Annual report on the health of the army in India
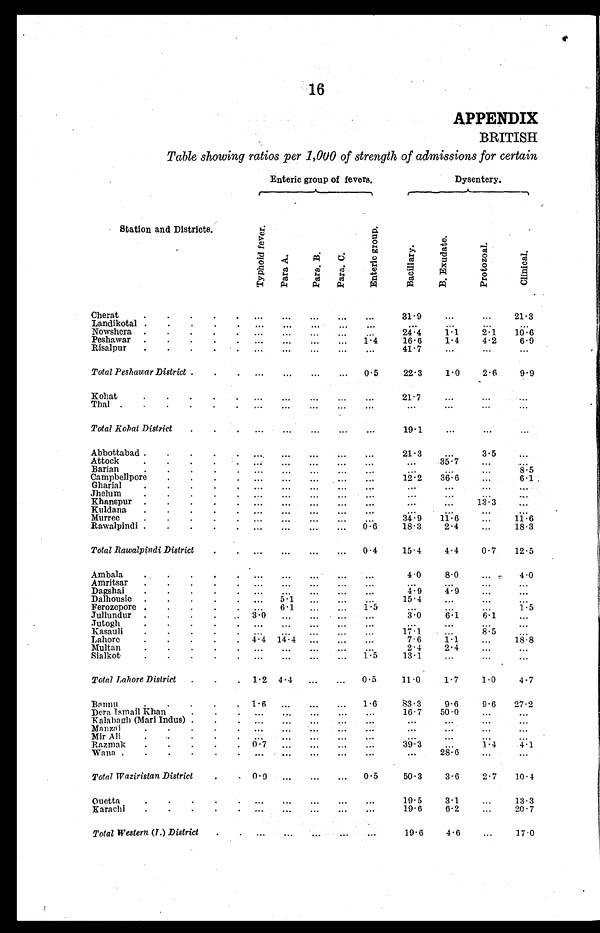
16
APPENDIX
BRITISH
Table showing ratios per 1,000 of strength of admissions for certain
Enteric group of fevers.
Dysentery.
Station and Districts.
T y p h o i d f e v e r .
P a r a A .
P a r a . B .
P a r a C .
E n t e r i c g r o u p .
B a c i l l a r y .
B . E x u d a t e .
P r o t o z o a l .
C l i n i c a l .
Cherat
31.9
21.3
Landikotal
Nowshera
24.4
1.1
2.1 10.6
Peshawar
1.4
16.6
1.4
4.2
6.9
Risalpur
41.7
Total Peshawar District
0.5
22.3
1.0 2.6
9.9
Kohat
21.7
Thal
Total Kohat District
19.1
Abbottabad
21.3
3.5
Attock
3 5 . 7
Barian
8.5
Camphellpore
12.2 36.6
6.1
Gharial
Jhelum
Khanspur
13.3
Kuldana
Murre
34.9 11.6
11.6
Rawalpindi
0 . 6 18.3
2.4
18.3
Total Rawalpindi District
0.4
15.4
4.4 0.7 12.5
Ambala
4.0
8.0
4.0
Amritsar
Dagshai
4 . 9 4.9
Dalhousie
5.1
15.4
Ferozepore
6.1
1.5
1.5
Jullundur
3.0
3.0
6.1 6.1
J u t o g h
Kasauli
17.1
8.5
Lahore
4.4 14.4
7.6
1.1
18.8
Multan
2.4
2.4
Sialkot
1.5
13.1
Total Lahore District
1.2 4.4
0.5
11.0
1.7
1.0
4.7
Bannu
1.6
1.6
83.3
9.6
9.6 27.2
Dera Ismail khan
16.7 50.0
Kal abagh (Mari Indus)
Manzai Mir Ali
Razmak
0.7
39.3
1 . 4 4.1
Wana
28.6
Total Waziristan District
0.9
0.5
50.3 3.6
2.7 10.4
Quetta
19.5
3.1
13.3
Karachi
19.6
6.2
20.7
Total Western (I) District
19.6 4.6
17.0